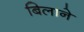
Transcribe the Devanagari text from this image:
बिलाने